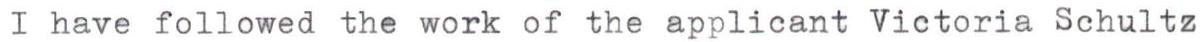
I have followed the work of the applicant Victoria Schultz